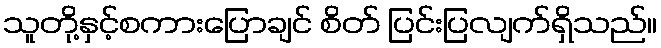
သူတို့နှင့်စကားပြောချင် စိတ် ပြင်းပြလျက်ရှိသည်။